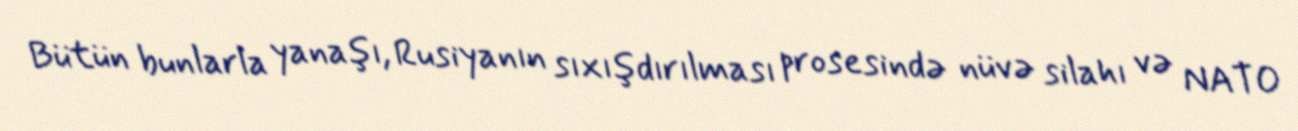
Bütün bunlarla yanaşı, Rusiyanın sıxışdırılması prosesində nüvə silahı və NATO